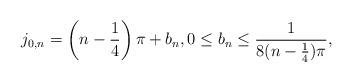
LaTeX: \begin{align*} j_{0,n} = \left(n-\frac{1}{4}\right)\pi + b_n, 0\leq b_n \leq \frac{1}{8(n-\frac{1}{4})\pi}, \end{align*}